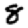
Digit: 8